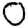
Digit: 0